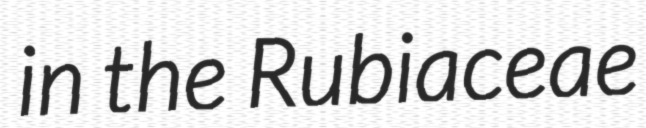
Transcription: in the Rubiaceae